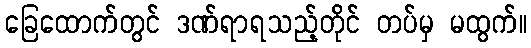
ခြေထောက်တွင် ဒဏ်ရာရသည့်တိုင် တပ်မှ မထွက်။